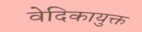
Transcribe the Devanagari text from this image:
वेदिकायुक्त